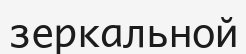
зеркальной